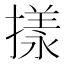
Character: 㨾